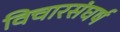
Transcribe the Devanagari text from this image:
विचारसंघर्ष